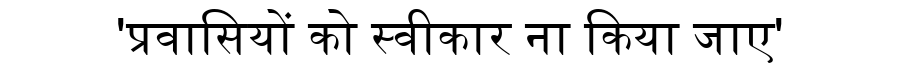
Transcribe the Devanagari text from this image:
'प्रवासियों को स्वीकार ना किया जाए'